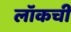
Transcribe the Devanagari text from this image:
लॉकची